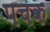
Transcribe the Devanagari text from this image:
पचक